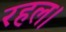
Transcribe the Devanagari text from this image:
रहल।